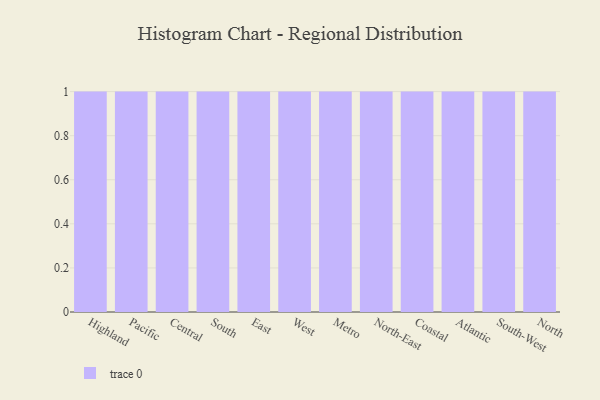
{"axis": {"x": "Region", "y": "Energy Usage (MWh)"}, "legend": [""], "data": [{"x": "Highland", "y": 96, "type": ""}, {"x": "Pacific", "y": 5, "type": ""}, {"x": "Central", "y": 62, "type": ""}, {"x": "South", "y": 34, "type": ""}, {"x": "East", "y": 61, "type": ""}, {"x": "West", "y": 71, "type": ""}, {"x": "Metro", "y": 44, "type": ""}, {"x": "North-East", "y": 29, "type": ""}, {"x": "Coastal", "y": 61, "type": ""}, {"x": "Atlantic", "y": 25, "type": ""}, {"x": "South-West", "y": 79, "type": ""}, {"x": "North", "y": 5, "type": ""}]}